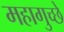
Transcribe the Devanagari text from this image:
महागुच्छे